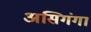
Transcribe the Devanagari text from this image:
असिगंगा